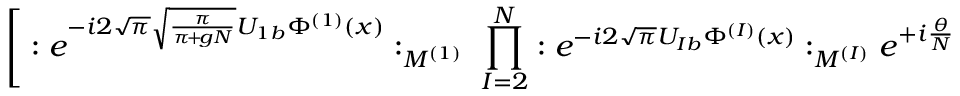
\Bigg [ : e ^ { - i 2 \sqrt { \pi } \sqrt { \frac { \pi } { \pi \! + \! g N } } U _ { 1 b } \Phi ^ { ( 1 ) } ( x ) } : _ { M ^ { ( 1 ) } } \; \prod _ { I = 2 } ^ { N } : e ^ { - i 2 \sqrt { \pi } U _ { I b } \Phi ^ { ( I ) } ( x ) } : _ { M ^ { ( I ) } } e ^ { + i \frac { \theta } { N } }